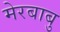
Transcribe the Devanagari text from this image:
मेरबाबु